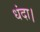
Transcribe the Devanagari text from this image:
धंदा।